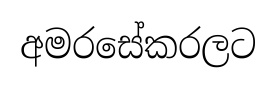
අමරසේකරලට